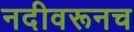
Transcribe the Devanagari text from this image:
नदीवरूनच